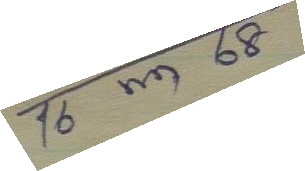
16 พ.ค. 68